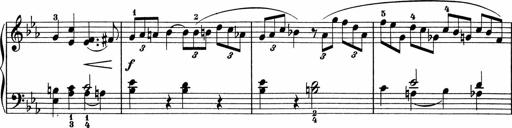
Title: 5 Sonatinen fÃ¼r die Jugend
Composer: Carl Reinecke